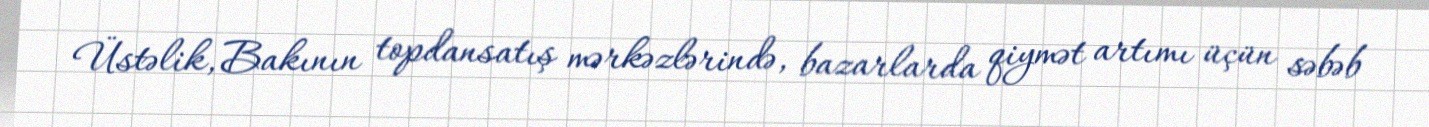
Üstəlik, Bakının topdansatış mərkəzlərində, bazarlarda qiymət artımı üçün səbəb